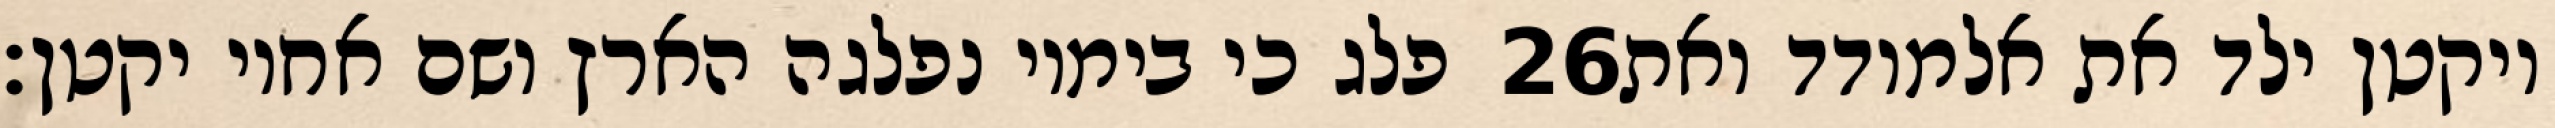
פלג כי בימיו נפלגה הארץ ושם אחיו יקטן׃ ‎26‏ ויקטן ילד את אלמודד ואת